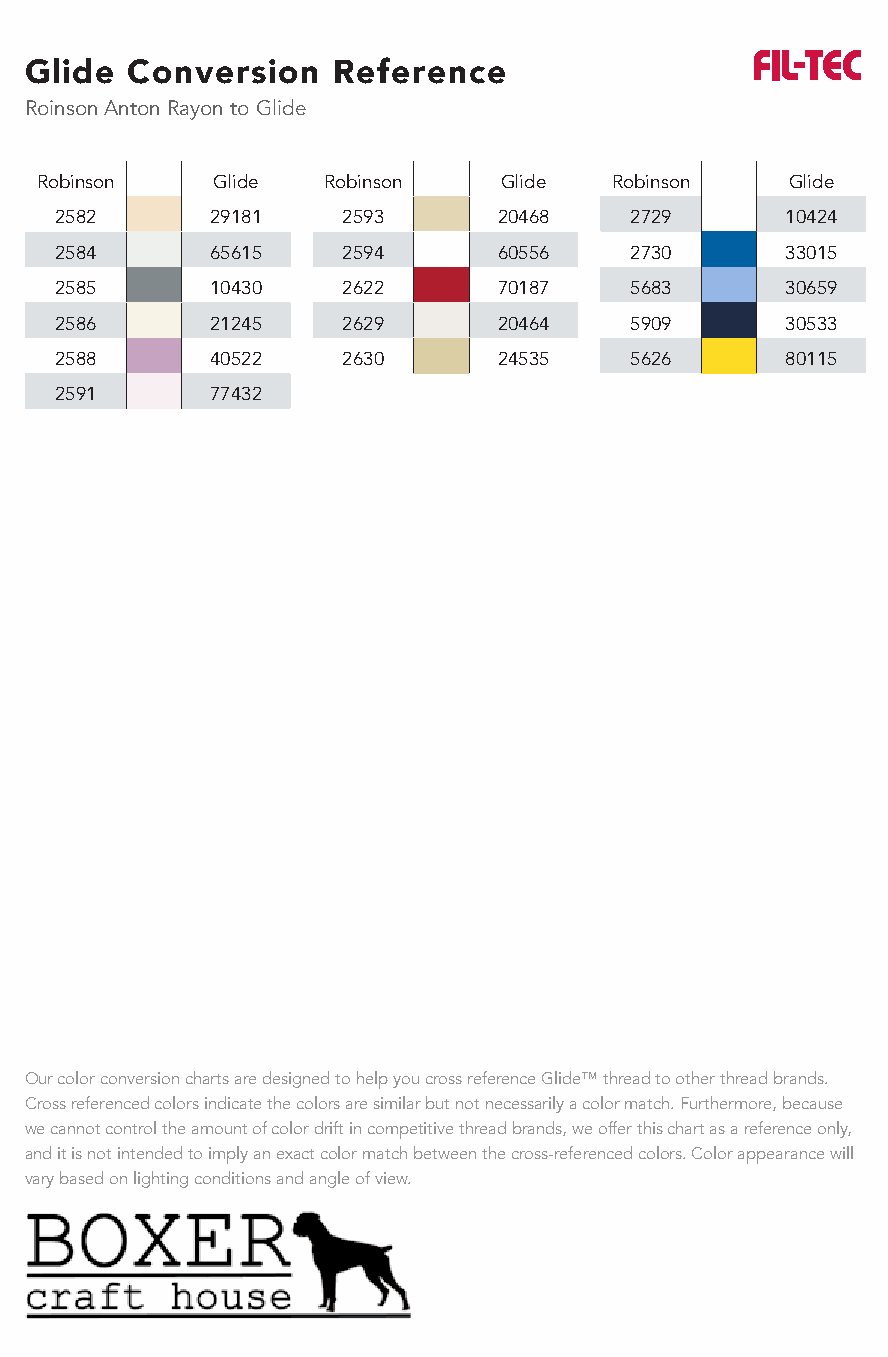
Glide Conversion    Reference
 Roinson Anton Rayon to Glide
 Robinson    Glide  Robinson    Glide  Robinson    Glide
 2582      29181    2593      20468    2729      10424
 2584      65615    2594      60556    2730      33015
 2585      10430    2622      70187    5683      30659
 2586      21245    2629      20464    5909      30533
 2588      40522    2630      24535    5626      80115
 2591      77432
 Our color conversion charts are designed to help you cross reference Glide™ thread to other thread brands.
 Cross referenced colors indicate the colors are similar but not necessarily a color match. Furthermore, because
 we cannot control the amount of color drift in competitive thread brands, we offer this chart as a reference only,
 and it is not intended to imply an exact color match between the cross-referenced colors. Color appearance will
 vary based on lighting conditions and angle of view.
 www.habanddash.com